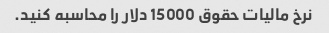
نرخ مالیات حقوق 15000 دلار را محاسبه کنید.